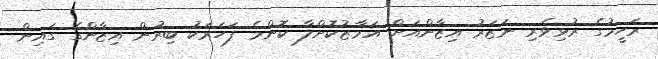
ރަހީމުގެ ރުޅިވެރި ނަޒަރު އިޒާންއަށް އަމާޒުކޮށްލާ ކޮންމެ ފަހަރަކު ބިރުން އިޒާންގެ ގައިން